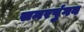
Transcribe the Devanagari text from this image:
समरपुंगव